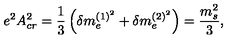
e ^ { 2 } A _ { c r } ^ { 2 } = { \frac { 1 } { 3 } } \left( \delta m _ { e } ^ { ( 1 ) ^ { 2 } } + \delta m _ { e } ^ { ( 2 ) ^ { 2 } } \right) = { \frac { m _ { s } ^ { 2 } } { 3 } } ,